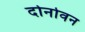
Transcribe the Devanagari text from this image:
दोनोवन